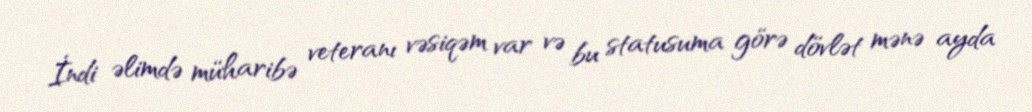
İndi əlimdə müharibə veteranı vəsiqəm var və bu statusuma görə dövlət mənə ayda